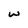
Character: w